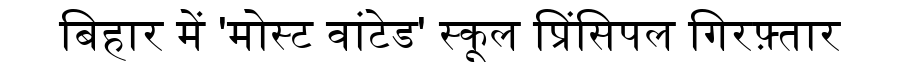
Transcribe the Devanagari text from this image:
बिहार में 'मोस्ट वांटेड' स्कूल प्रिंसिपल गिरफ़्तार